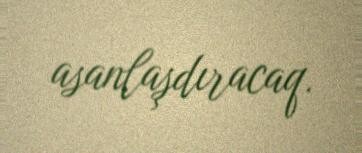
asanlaşdıracaq.